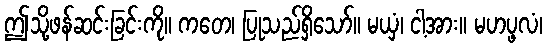
ဤသို့ဖန်ဆင်းခြင်းကို။ ကတေ၊ ပြုသည်ရှိသော်။ မယှံ၊ ငါ့အား။ မဟပ္ဖလံ၊